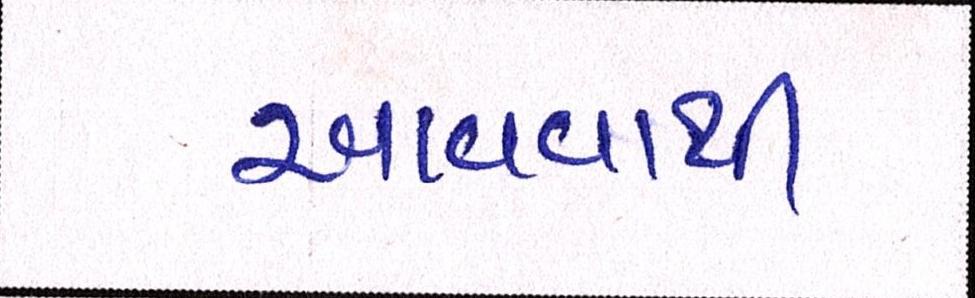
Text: આવવાથી